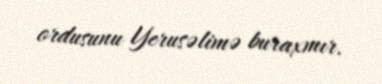
ordusunu Yerusəlimə buraxmır.